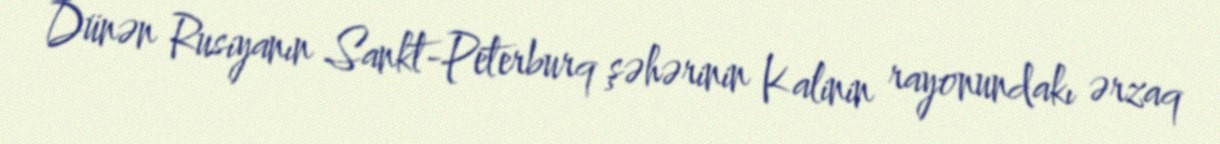
Dünən Rusiyanın Sankt-Peterburq şəhərinin Kalinin rayonundakı ərzaq